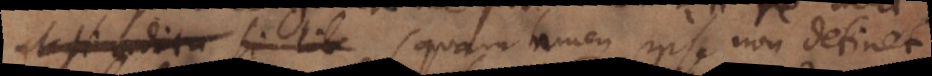
ut si auditu si lib (quam tamen ipse non detinet